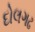
દોલગઢ